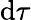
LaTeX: \mathrm{d}\tau